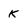
Character: K